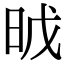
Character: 𣆈